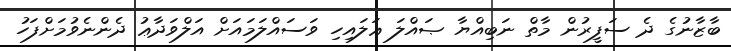
ބާޒާނުގެ ދެ ސަފީރުން މާތް ނަބިއްޔާ ޞައްލަ ޢަލައިހި ވަސައްލަމައަށް އަލްވަދާޢު ދެންނެވުމަށްފަހު